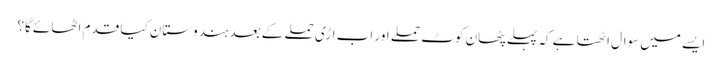
ایسے میں سوال اٹھتا ہے کہ پہلے پٹھان کوٹ حملے اور اب اڑی حملے کے بعد ہندوستان کیا قدم اٹھائے گا؟